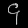
Digit: ၄